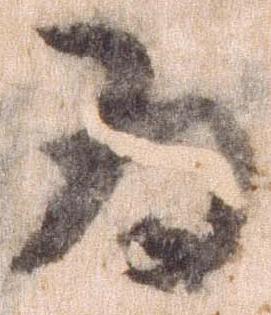
為